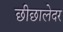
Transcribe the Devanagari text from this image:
छीछालेदर